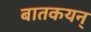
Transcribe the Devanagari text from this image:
बातकयन्